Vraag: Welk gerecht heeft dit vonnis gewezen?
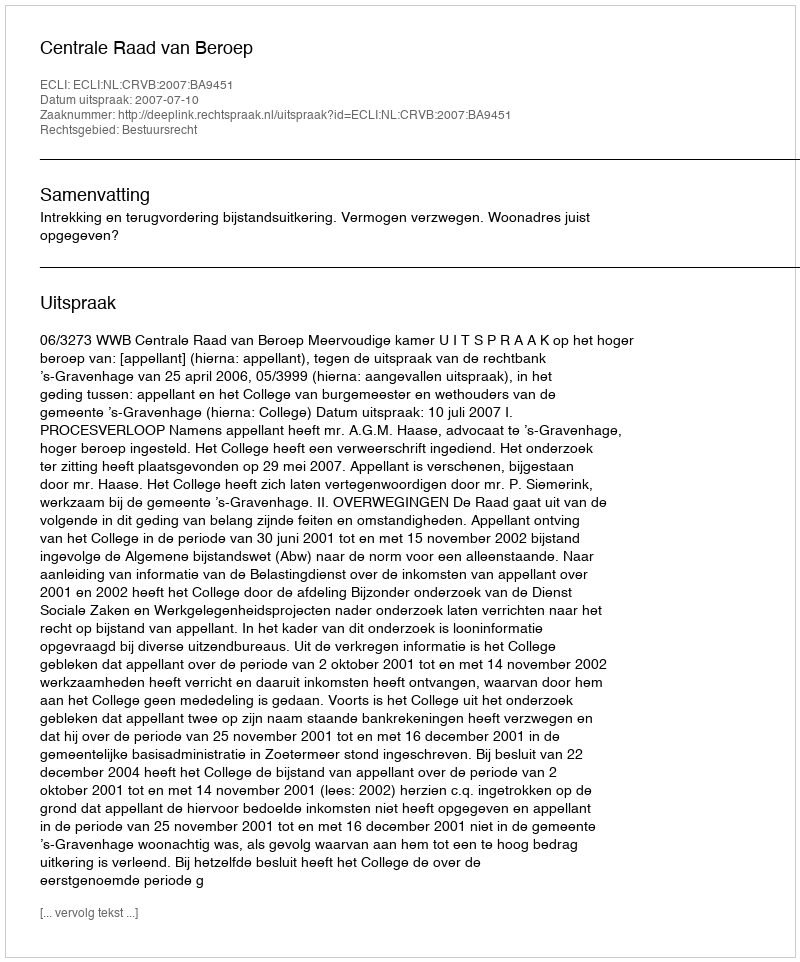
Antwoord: Centrale Raad van Beroep